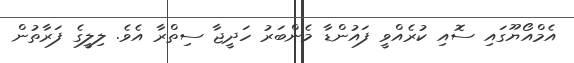
އެމްއޯޔޫގައި ސޮއި ކުރެއްވީ ފައުންޑާ މެންބަރު ހަދީޖާ ސިތްރާ އެވެ. ލިލީގެ ފަރާތުން